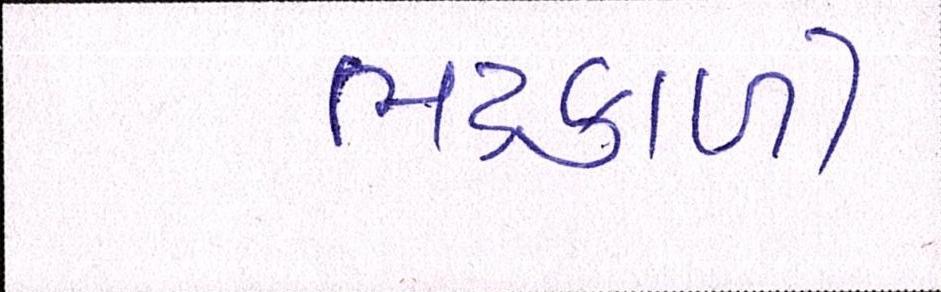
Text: ભદ્રકાળી